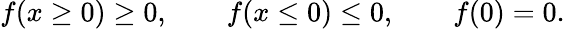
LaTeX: \begin{array}{r}{f(x\geq 0)\geq 0,\qquad f(x\leq 0)\leq 0,\qquad f(0)=0.}\end{array}